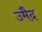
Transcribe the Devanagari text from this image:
उमैद